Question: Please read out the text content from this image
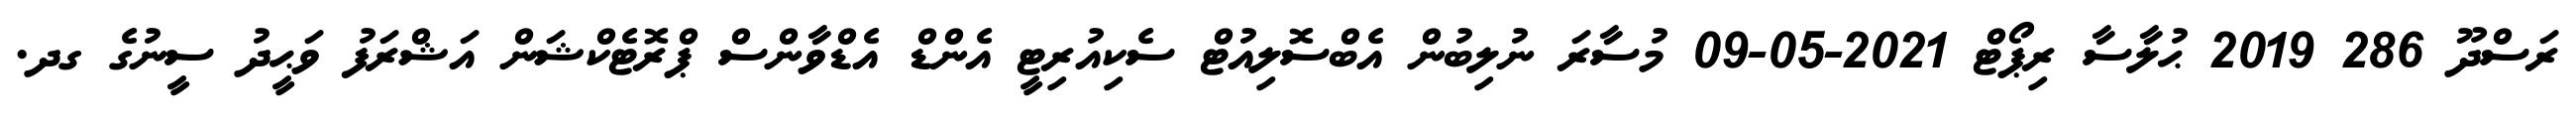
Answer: ރަސްދޫ 286 2019 ޙުލާސާ ރިޕޯޓް 2021-05-09 މުސާރަ ނުލިބުން އެބްސޮލިއުޓް ސެކިއުރިޓީ އެންޑް އެޑްވާންސް ޕްރޮޓެކްޝަން އަޝްރަފު ވަޙީދު ސީނުގެ ގދ.